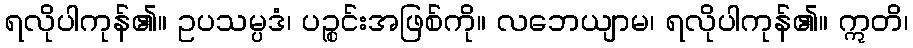
ရလိုပါကုန်၏။ ဥပသမ္ပဒံ၊ ပဉ္စင်းအဖြစ်ကို။ လဘေယျာမ၊ ရလိုပါကုန်၏။ ဣတိ၊